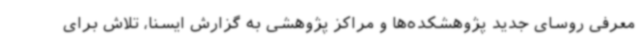
معرفی روسای جدید پژوهشکده‌ها و مراکز پژوهشی به گزارش ایسنا، تلاش برای